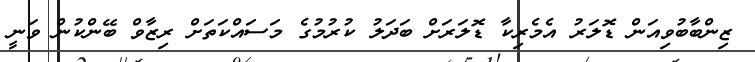
ޒިންބާބުވިއަން ޑޮލަރު އެމެރިކާ ޑޮލަރަށް ބަދަލު ކުރުމުގެ މަސައްކަތަށް ރިޒާވް ބޭންކުން ވަނީ